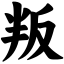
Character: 叛